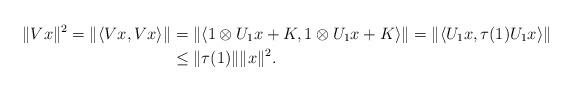
LaTeX: \begin{align*} \|Vx\|^2=\|\langle V{x},Vx\rangle\| &=\|\langle 1\otimes U_1{x}+K,1\otimes U_1{x}+K\rangle\|=\|\langle U_1{x},\tau(1)U_1{x}\rangle\| \\&\leq\|\tau(1)\|\|x\|^2.\end{align*}